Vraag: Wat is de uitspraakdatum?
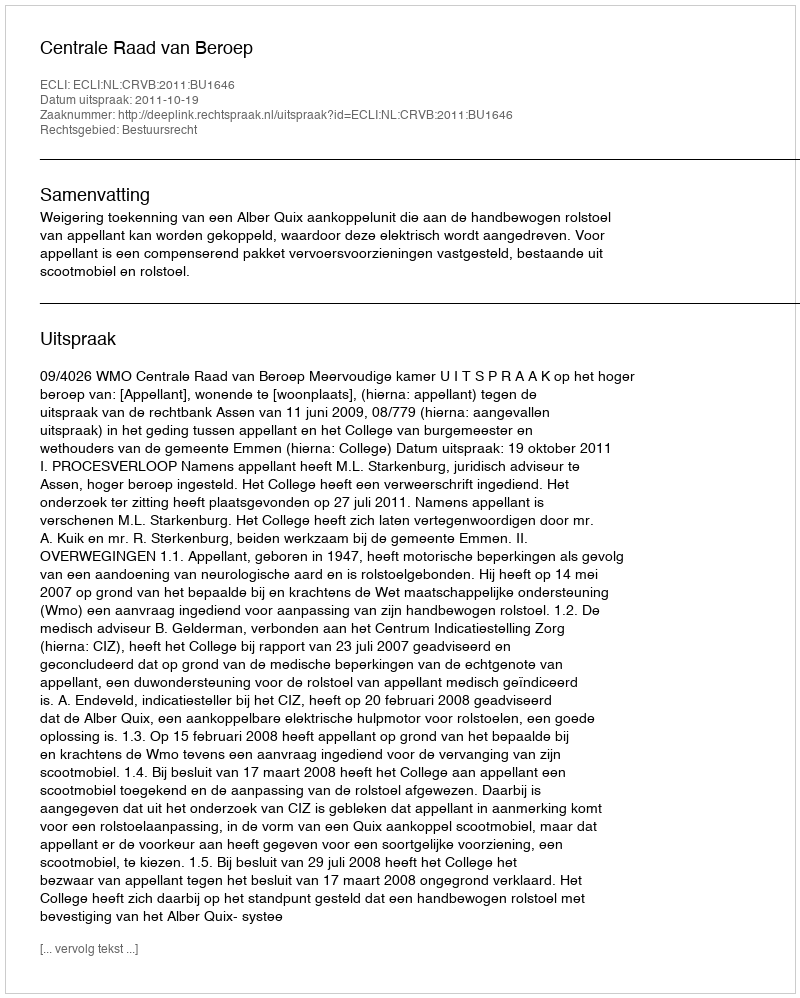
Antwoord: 2011-10-19